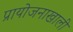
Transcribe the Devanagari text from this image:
प्रायोजनाखाली